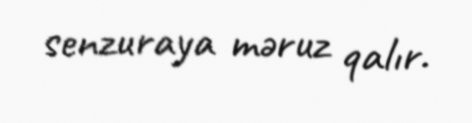
senzuraya məruz qalır.